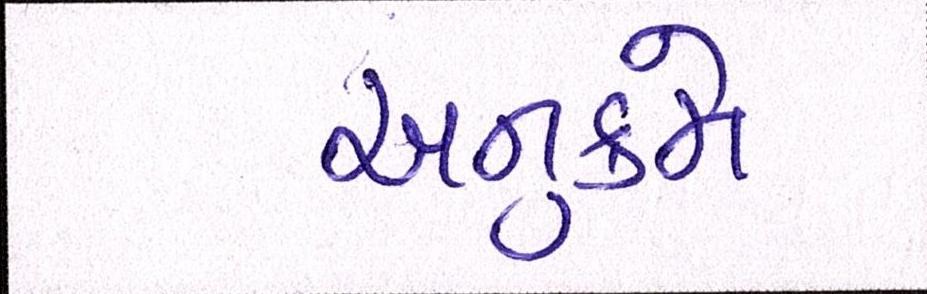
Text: અનુક્રમે